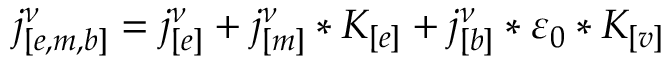
j _ { [ e , m , b ] } ^ { \nu } = j _ { [ e ] } ^ { \nu } + j _ { [ m ] } ^ { \nu } * K _ { [ e ] } + j _ { [ b ] } ^ { \nu } * \varepsilon _ { 0 } * K _ { [ v ] }